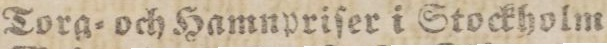
Torg= och Hamnpriſer i Stockholm